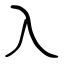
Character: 入